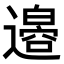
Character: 𫟪